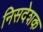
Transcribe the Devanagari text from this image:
निसदेशक